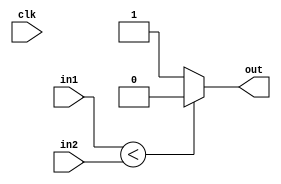
//comparator for branch 
module comparator32bits(input clk, input [31:0] in1, input [31:0] in2, output reg out);
	always@(in1, in2)
		begin
			out <= (in1<in2)? 1'b0 : 1'b1; 
		end
endmodule

//adder for compressed instructions
module adder(input [31:0] in1, input [31:0] in2, output reg [31:0] adder_out);
	always@(in1 or in2)
		adder_out = in1 +in2;
endmodule
////